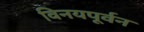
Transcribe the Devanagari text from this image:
विनयपूर्वन